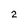
Character: 2